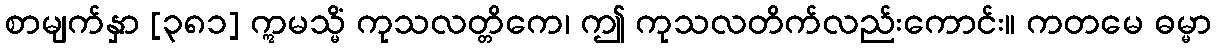
စာမျက်နှာ [၃၈၁] ဣမသ္မိံ ကုသလတ္တိကေ၊ ဤ ကုသလတိက်လည်းကောင်း။ ကတမေ ဓမ္မာ